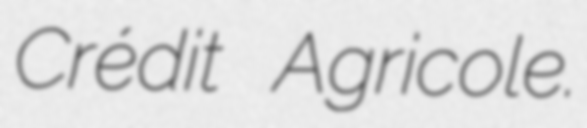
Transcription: Crédit Agricole.